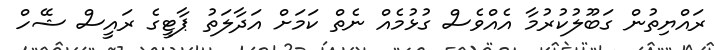
ރައްޔިތުން ގަބޫލުކުރުމާ އެއްވެސް ގުޅުމެއް ނެތް ކަމަށް އަދާލަތު ޕާޓީގެ ރައީސް ޝޭހް